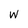
Character: w